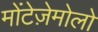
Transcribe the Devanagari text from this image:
मोंटेज़ेमोलो